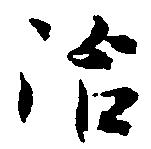
治